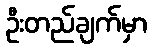
ဦးတည်ချက်မှာ